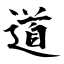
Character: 道